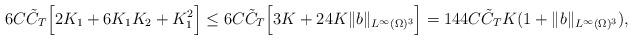
LaTeX: \begin{align*}\begin{aligned}6C \tilde{C}_{T} \Big[2K_{1}+6K_{1}K_{2}+K_{1}^2 \Big] &\leq 6C \tilde{C}_{T} \Big[3 K + 24 K \| b \|_{L^{\infty} (\Omega)^3} \Big] = 144 C \tilde{C}_{T} K (1 + \| b \|_{L^{\infty} (\Omega)^3}), \end{aligned}\end{align*}